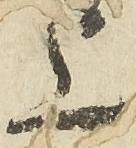
上